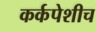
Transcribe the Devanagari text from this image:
कर्कपेशीच